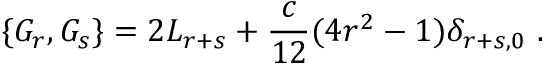
\{ G _ { r } , G _ { s } \} = 2 L _ { r + s } + \frac { c } { 1 2 } ( 4 r ^ { 2 } - 1 ) \delta _ { r + s , 0 } \ .